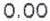
0.00